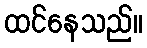
ထင်နေသည်။